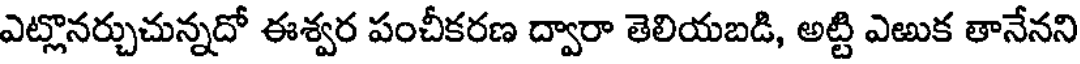
ఎట్లొనర్చుచున్నదో ఈశ్వర పంచీకరణ ద్వారా తెలియబడి, అట్టి ఎఱుక తానేనని